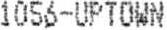
1056-UPTOWN